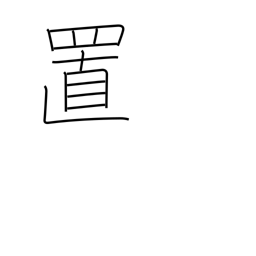
Meaning: placement